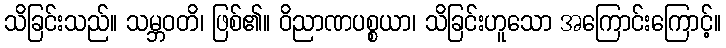
သိခြင်းသည်။ သမ္ဘဝတိ၊ ဖြစ်၏။ ဝိညာဏပစ္စယာ၊ သိခြင်းဟူသော အကြောင်းကြောင့်။